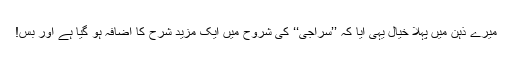
میرے ذہن میں پہلا خیال یہی آیا کہ ’’سراجی‘‘ کی شروح میں ایک مزید شرح کا اضافہ ہو گیا ہے اور بس!